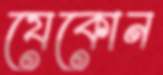
যেকোন